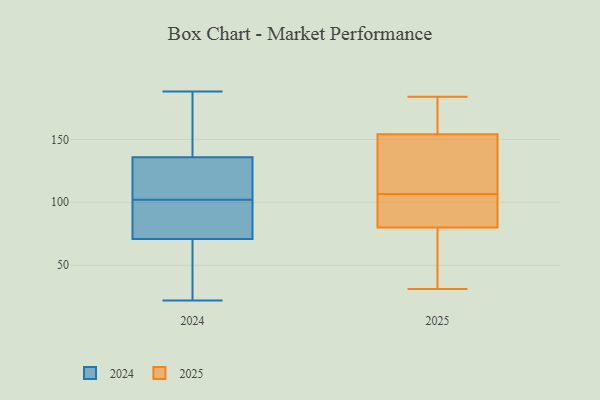
{"axis": {"x": "Backlog", "y": "Value"}, "legend": ["2024", "2025"], "data": [{"x": "", "y": 68, "type": "2024"}, {"x": "", "y": 73, "type": "2024"}, {"x": "", "y": 139, "type": "2024"}, {"x": "", "y": 126, "type": "2024"}, {"x": "", "y": 188, "type": "2024"}, {"x": "", "y": 140, "type": "2024"}, {"x": "", "y": 113, "type": "2024"}, {"x": "", "y": 163, "type": "2024"}, {"x": "", "y": 70, "type": "2024"}, {"x": "", "y": 106, "type": "2024"}, {"x": "", "y": 64, "type": "2024"}, {"x": "", "y": 93, "type": "2024"}, {"x": "", "y": 102, "type": "2024"}, {"x": "", "y": 92, "type": "2024"}, {"x": "", "y": 22, "type": "2024"}, {"x": "", "y": 80, "type": "2025"}, {"x": "", "y": 32, "type": "2025"}, {"x": "", "y": 40, "type": "2025"}, {"x": "", "y": 107, "type": "2025"}, {"x": "", "y": 165, "type": "2025"}, {"x": "", "y": 102, "type": "2025"}, {"x": "", "y": 96, "type": "2025"}, {"x": "", "y": 167, "type": "2025"}, {"x": "", "y": 59, "type": "2025"}, {"x": "", "y": 131, "type": "2025"}, {"x": "", "y": 154, "type": "2025"}, {"x": "", "y": 98, "type": "2025"}, {"x": "", "y": 31, "type": "2025"}, {"x": "", "y": 137, "type": "2025"}, {"x": "", "y": 106, "type": "2025"}, {"x": "", "y": 160, "type": "2025"}, {"x": "", "y": 134, "type": "2025"}, {"x": "", "y": 184, "type": "2025"}]}